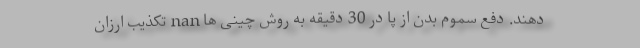
دهند. دفع سموم بدن از پا در 30 دقیقه به روش چینی ها nan تکذیب ارزان